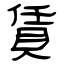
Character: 賃